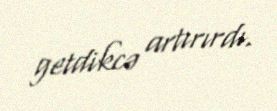
getdikcə artırırdı.